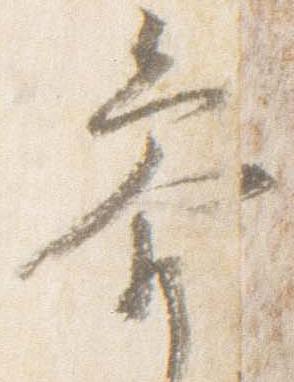
参